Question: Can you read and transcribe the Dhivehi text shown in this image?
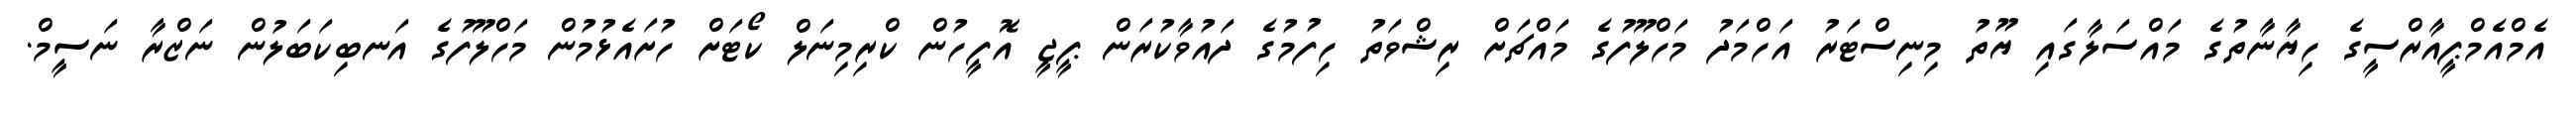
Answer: އެމްއެމްޕީއާރްސީގެ ހިޔާނާތުގެ މައްސަލާގައި ޔޫތު މިނިސްޓަރު އަހްމަދު މަހްލޫފުގެ މައްޗަށް ރިޝްވަތު ހިފުމުގެ ދައުވާކުރަން ޕީޖީ އޮފީހުން ކްރިމިނަލް ކޯޓަށް ހުށައެޅުމުން މަހްލޫފުގެ އަނބިކަބަލުން ނަޒްރާ ނަސީމް.